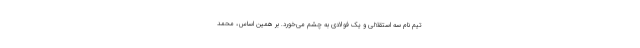
تیم نام سه استقلالی و یک فولادی به چشم می‌خورد. بر همین اساس، محمد